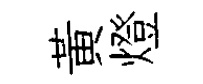
黄燈